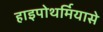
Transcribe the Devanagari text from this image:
हाइपोथर्मियासे